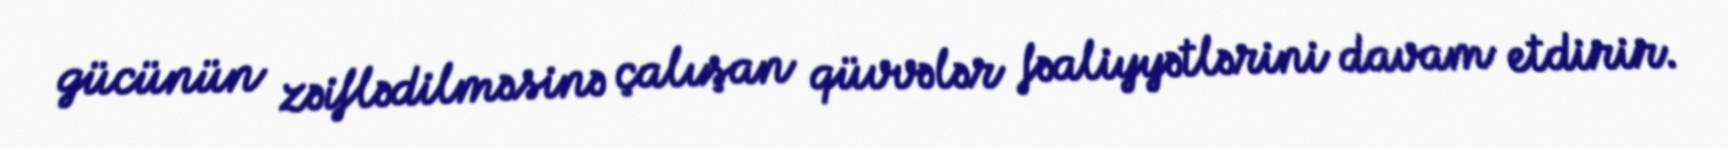
gücünün zəiflədilməsinə çalışan qüvvələr fəaliyyətlərini davam etdirir.